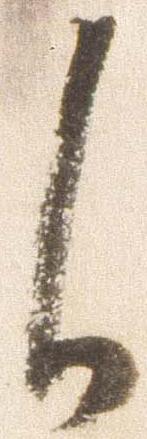
候